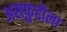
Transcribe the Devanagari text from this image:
असफ़ुद्दौला